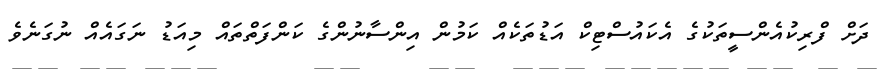
ދަށް ފްރިކުއެންސީތަކުގެ އެކައުސްޓިކް އަޑުތަކެއް ކަމުން އިންސާނުންގެ ކަންފަތްތައް މިއަޑު ނަގައެއް ނުގަނެވެ